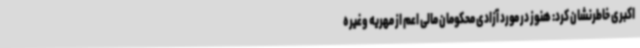
اکبری خاطرنشان کرد: هنوز در مورد آزادی محکومان مالی اعم از مهریه وغیره